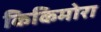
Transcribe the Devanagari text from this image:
किकिमोरा